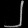
Digit: ၂